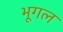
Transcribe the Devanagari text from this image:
भूगल